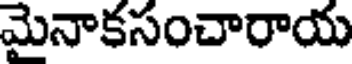
మైనాకసంచారాయ